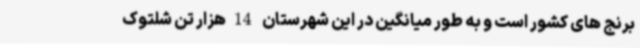
برنج های کشور است و به طور میانگین در این شهرستان 14هزار تن شلتوک